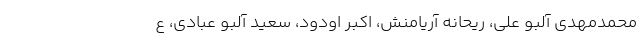
محمدمهدی آلبو علی، ریحانه آریامنش، اکبر اودود، سعید آلبو عبادی، ع